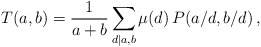
\begin{align*}T(a,b)=\frac{1}{a+b}\sum_{d|a,b}\mu(d)\,P(a/d,b/d)\,,\end{align*}